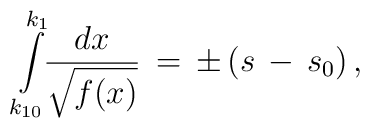
\int\limits_{k_{10}}^{k_1}\!\!\frac{dx}{\sqrt{f(x)}}\,=\,\pm\,(s\,-\,s_0)\,{,}